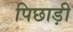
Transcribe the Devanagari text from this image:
पिछाड़ी